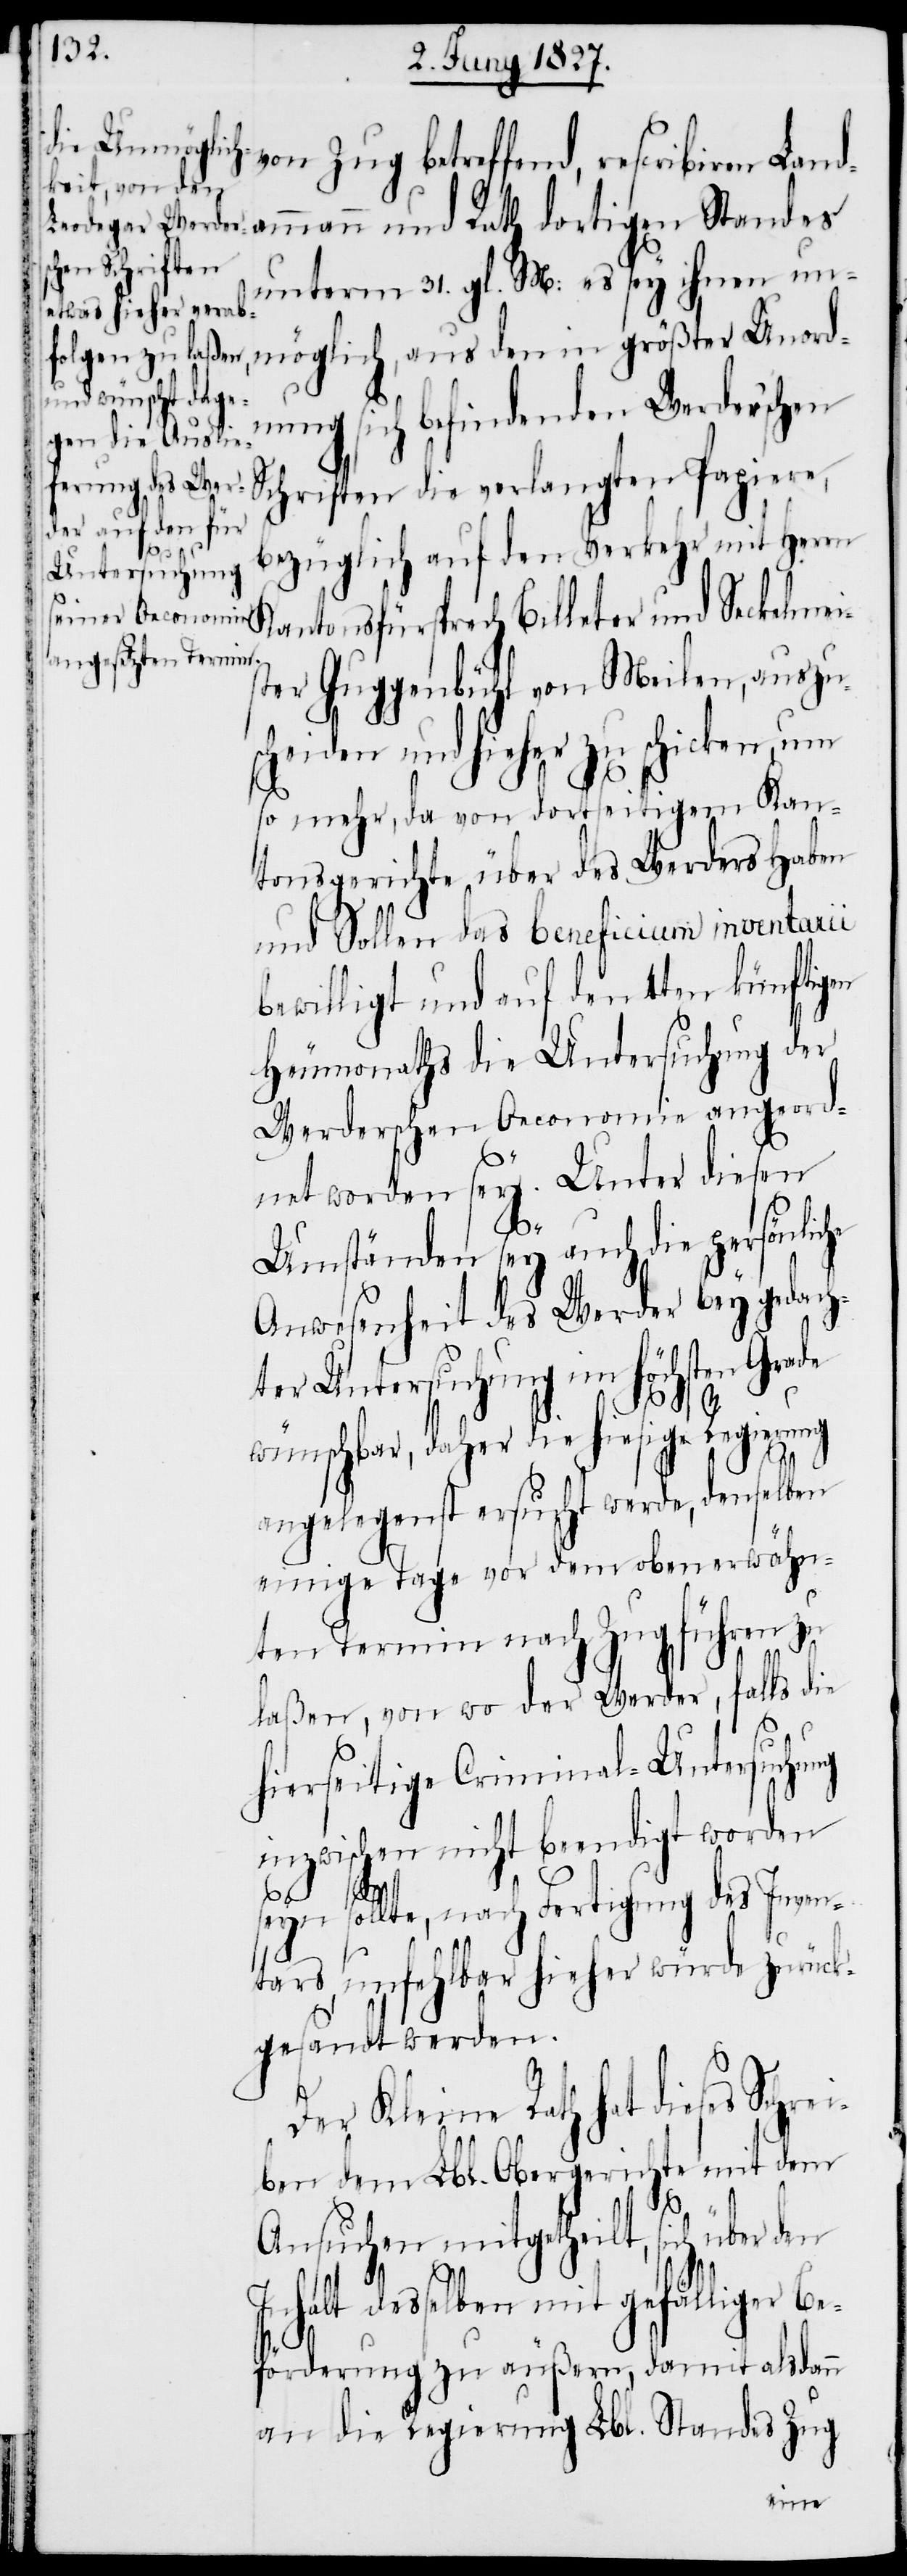
ribiren Landammann und Rath dortigen Standes
unterm 31. gl. M: es sey ihnen unm¬
dnung sich befindenden Werder’schen
Schriften die verlangten Papiere,
bezüglich auf den Verkehr mit Herrn
Kantonsfürsprech Billeter und Seckelmei¬
ster Guggenbühl von Meilen, auszus¬
cheiden und hieher zu schicken, um
so mehr, da von dortseitigem Kan¬
tonsgerichte über des Werders Haben
und Sollen das beneficium inventarii
bewilligt und auf den 4ten künftigen
Heumonaths die Untersuchung der
Werderschen Oeconomie angeord¬
net worden sey. Unter diesen
Umständen sey auch die persönliche
Anwesenheit des Werder bey gedach¬
ter Untersuchung im höchsten Grade
wünschbar, daher die hiesige Regierung
angelegenst ersucht werde, denselben
einige Tage vor dem oben erwähn¬
ten Termin nach Zug führen zu
laßen, von wo der Werder, falls die
ei¬
hierseitige Criminal-Untersuchung
inzwischen nicht beendigt worden
sollte, nach Fertigung des Inven¬
tars, unfehlbar hieher würde zurück¬
gesandt werden.
Der Kleine Rath hat dieses Schr¬
ben dem Lbl. Obergerichte mit dem
Ansuchen mitgetheilt, sich über den
Inhalt desselben mit gefälliger Be¬
förderung zu äußern, damit alsdann
an die Regierung Lbl. Standes Zug